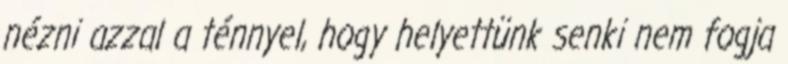
nézni azzal a ténnyel, hogy helyettünk senki nem fogja